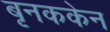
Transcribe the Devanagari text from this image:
बृनककेन